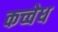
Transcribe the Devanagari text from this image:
कच्चेध